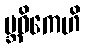
ဗ္ဘဝိကေဟိ